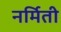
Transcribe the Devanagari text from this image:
नर्मिती